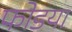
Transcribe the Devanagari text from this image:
फोडया